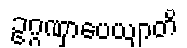
ဥဂ္ဂဏှာပေယျာတိ